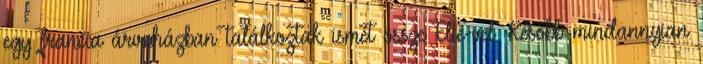
egy francia árvaházban találkoztak ismét össze Elie-vel. Később mindannyian